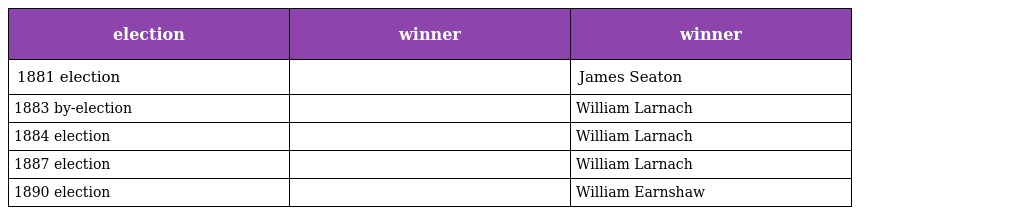
| election | winner | winner |
 | --- | --- | --- |
 | 1881 election |  | James Seaton |
 | 1883 by-election |  | William Larnach |
 | 1884 election |  | William Larnach |
 | 1887 election |  | William Larnach |
 | 1890 election |  | William Earnshaw |